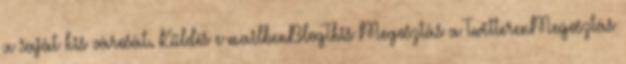
a saját kis városát. Küldés e-mailbenBlogThis Megosztás a TwitterenMegosztás